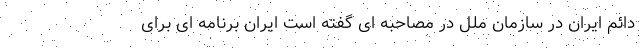
دائم ایران در سازمان ملل در مصاحبه ای گفته است ایران برنامه ای برای